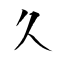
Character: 久